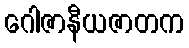
ဂေါဇာနီယဇာတက